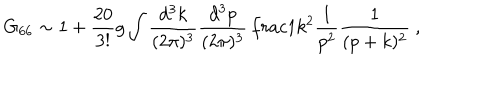
G _ { 6 6 } \sim 1 + \frac { 2 0 } { 3 ! } g \int \frac { d ^ { 3 } k } { ( 2 \pi ) ^ { 3 } } \frac { d ^ { 3 } p } { ( 2 \pi ) ^ { 3 } } \, \frac { 1 } { k ^ { 2 } } \frac { 1 } { p ^ { 2 } } \frac { 1 } { ( p + k ) ^ { 2 } } ~ ,